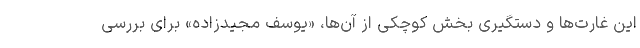
این غارت‌ها و دستگیری بخش کوچکی از آن‌ها، «یوسف مجیدزاده» برای بررسی